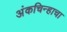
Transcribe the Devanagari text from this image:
अंकचिन्हाचा